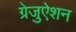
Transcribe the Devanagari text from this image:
ग्रेजुऐशन